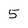
Character: 5